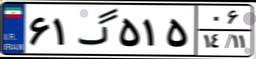
۶۱گ۵۱۵۰۶